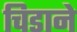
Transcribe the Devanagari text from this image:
चिडाने